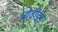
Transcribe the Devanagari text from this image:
प्रोवीडंड